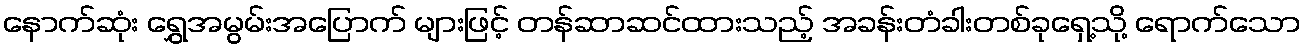
နောက်ဆုံး ရွှေအမွမ်းအပြောက် များဖြင့် တန်ဆာဆင်ထားသည့် အခန်းတံခါးတစ်ခုရှေ့သို့ ရောက်သော